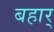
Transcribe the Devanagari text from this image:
बहार्